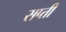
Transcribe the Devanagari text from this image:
सप्ती